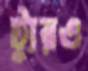
ট্যুরও